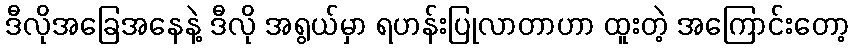
ဒီလိုအခြေအနေနဲ့ ဒီလို အရွယ်မှာ ရဟန်းပြုလာတာဟာ ထူးတဲ့ အကြောင်းတော့